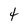
Character: 4